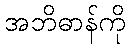
အဘိဓာန်ကို